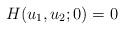
LaTeX: \begin{align*} H(u_1,u_2; 0) = 0\end{align*}